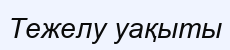
Тежелу уақыты